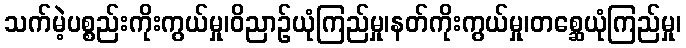
သက်မဲ့ပစ္စည်းကိုးကွယ်မှု၊ဝိညာဉ်ယုံကြည်မှု၊နတ်ကိုးကွယ်မှု၊တစ္ဆေယုံကြည်မှု၊